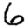
Digit: 6